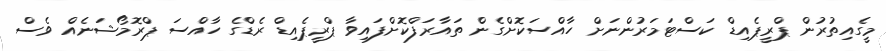
މީގެއިތުރުން ޕްރީޕެއިޑް ކަސްޓަމަރުންނަށް ހާއްސަކޮށްގެން ތައާރަފްކޮށްފައިވާ ޕްރީޕެއިޑް ރެޑްގެ ހާއްސަ ޕްރޮމޯޝަނެއް ވެސް